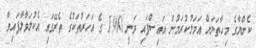
ކެންޔާގެ މިހާތަނަށް އަމަލުކުރަމުން އައިސްފައި ވަނީ 1960 ގެ އަހަރުތަކުގެ ތެރޭގައި އެކުލަވާލާފައިވާ